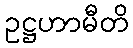
ဥဋ္ဌဟာမီတိ